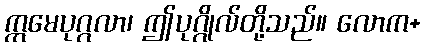
ဣမေပုဂ္ဂလာ၊ ဤပုဂ္ဂိုလ်တို့သည်။ လောက+